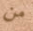
من